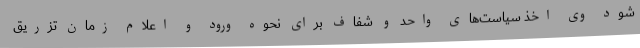
شود وی اخذ سیاست‌های واحد و شفاف برای نحوه ورود و اعلام زمان تزریق